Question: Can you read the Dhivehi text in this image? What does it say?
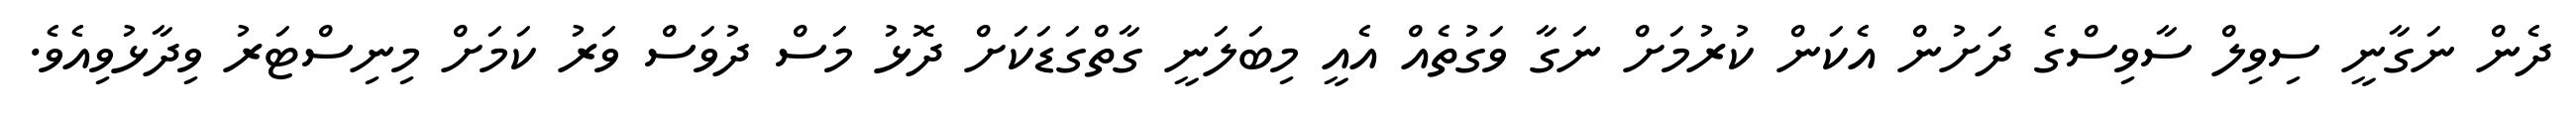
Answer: ދެން ނަގާނީ ސިވިލް ސާވިސްގެ ދަށުން އެކަން ކުރުމަށް ނަގާ ވަގުތެއް އެއީ މިބަލަނީ ގާތްގަޑަކަށް ދޮޅު މަސް ދުވަސް ވަރު ކަމަށް މިނިސްޓަރު ވިދާޅުވިއެވެ.